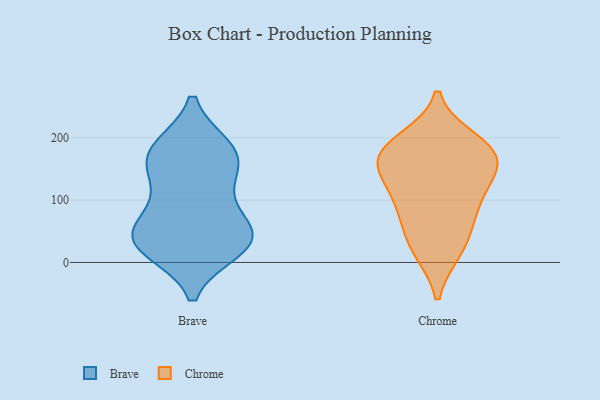
{"axis": {"x": "Energy Usage (MWh)", "y": "Value"}, "legend": ["Brave", "Chrome"], "data": [{"x": "", "y": 41, "type": "Brave"}, {"x": "", "y": 22, "type": "Brave"}, {"x": "", "y": 31, "type": "Brave"}, {"x": "", "y": 161, "type": "Brave"}, {"x": "", "y": 42, "type": "Brave"}, {"x": "", "y": 109, "type": "Brave"}, {"x": "", "y": 145, "type": "Brave"}, {"x": "", "y": 76, "type": "Brave"}, {"x": "", "y": 183, "type": "Brave"}, {"x": "", "y": 182, "type": "Brave"}, {"x": "", "y": 38, "type": "Brave"}, {"x": "", "y": 175, "type": "Brave"}, {"x": "", "y": 34, "type": "Brave"}, {"x": "", "y": 80, "type": "Chrome"}, {"x": "", "y": 121, "type": "Chrome"}, {"x": "", "y": 195, "type": "Chrome"}, {"x": "", "y": 24, "type": "Chrome"}, {"x": "", "y": 20, "type": "Chrome"}, {"x": "", "y": 69, "type": "Chrome"}, {"x": "", "y": 152, "type": "Chrome"}, {"x": "", "y": 112, "type": "Chrome"}, {"x": "", "y": 166, "type": "Chrome"}, {"x": "", "y": 163, "type": "Chrome"}, {"x": "", "y": 181, "type": "Chrome"}, {"x": "", "y": 180, "type": "Chrome"}]}